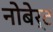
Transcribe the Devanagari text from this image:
नोबेर्ट